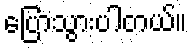
ပြောသွားပါတယ်။